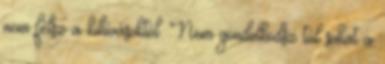
nem félsz a kihívásoktól. Nem gondolkodsz túl sokat a